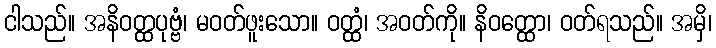
ငါသည်။ အနိဝတ္ထပုဗ္ဗံ၊ မဝတ်ဖူးသော။ ဝတ္ထံ၊ အဝတ်ကို။ နိဝတ္ထော၊ ဝတ်ရသည်။ အမှိ၊